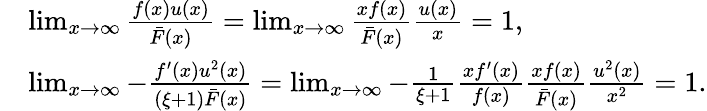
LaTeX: \begin{array}{rl}&{\operatorname*{lim}_{x\rightarrow\infty}\frac{f(x)u(x)}{\bar{F}(x)}=\operatorname*{lim}_{x\rightarrow\infty}\frac{xf(x)}{\bar{F}(x)}\frac{u(x)}{x}=1,}\\ &{\operatorname*{lim}_{x\rightarrow\infty}-\frac{f^{\prime}(x)u^{2}(x)}{(\xi+1)\bar{F}(x)}=\operatorname*{lim}_{x\rightarrow\infty}-\frac{1}{\xi+1}\frac{xf^{\prime}(x)}{f(x)}\frac{xf(x)}{\bar{F}(x)}\frac{u^{2}(x)}{x^{2}}=1.}\end{array}